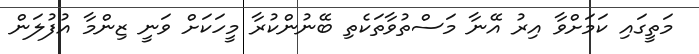
މަތީގައި ކަމަށްވާ އިރު އޭނާ މަސްތުވާތަކެތި ބޭނުންކުރާ މީހަކަށް ވަނީ ޒިންމާ އުފުލަން